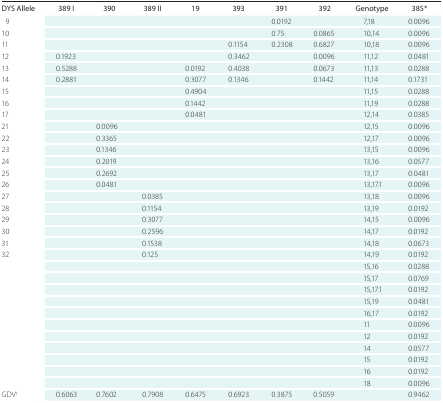
<table><thead><tr><td><b>DYS Allele</b></td><td><b>389 I</b></td><td><b>390</b></td><td><b>389 II</b></td><td><b>19</b></td><td><b>393</b></td><td><b>391</b></td><td><b>392</b></td><td><b>Genotype</b></td><td><b>385*</b></td></tr></thead><tbody><tr><td>9</td><td></td><td></td><td></td><td></td><td></td><td>0.0192</td><td></td><td>7,18</td><td>0.0096</td></tr><tr><td>10</td><td></td><td></td><td></td><td></td><td></td><td>0.75</td><td>0.0865</td><td>10,14</td><td>0.0096</td></tr><tr><td>11</td><td></td><td></td><td></td><td></td><td>0.1154</td><td>0.2308</td><td>0.6827</td><td>10,18</td><td>0.0096</td></tr><tr><td>12</td><td>0.1923</td><td></td><td></td><td></td><td>0.3462</td><td></td><td>0.0096</td><td>11,12</td><td>0.0481</td></tr><tr><td>13</td><td>0.5288</td><td></td><td></td><td>0.0192</td><td>0.4038</td><td></td><td>0.0673</td><td>11,13</td><td>0.0288</td></tr><tr><td>14</td><td>0.2881</td><td></td><td></td><td>0.3077</td><td>0.1346</td><td></td><td>0.1442</td><td>11,14</td><td>0.1731</td></tr><tr><td>15</td><td></td><td></td><td></td><td>0.4904</td><td></td><td></td><td></td><td>11,15</td><td>0.0288</td></tr><tr><td>16</td><td></td><td></td><td></td><td>0.1442</td><td></td><td></td><td></td><td>11,19</td><td>0.0288</td></tr><tr><td>17</td><td></td><td></td><td></td><td>0.0481</td><td></td><td></td><td></td><td>12,14</td><td>0.0385</td></tr><tr><td>21</td><td></td><td>0.0096</td><td></td><td></td><td></td><td></td><td></td><td>12,15</td><td>0.0096</td></tr><tr><td>22</td><td></td><td>0.3365</td><td></td><td></td><td></td><td></td><td></td><td>12,17</td><td>0.0096</td></tr><tr><td>23</td><td></td><td>0.1346</td><td></td><td></td><td></td><td></td><td></td><td>13,15</td><td>0.0096</td></tr><tr><td>24</td><td></td><td>0.2019</td><td></td><td></td><td></td><td></td><td></td><td>13,16</td><td>0.0577</td></tr><tr><td>25</td><td></td><td>0.2692</td><td></td><td></td><td></td><td></td><td></td><td>13,17</td><td>0.0481</td></tr><tr><td>26</td><td></td><td>0.0481</td><td></td><td></td><td></td><td></td><td></td><td>13,17.1</td><td>0.0096</td></tr><tr><td>27</td><td></td><td></td><td>0.0385</td><td></td><td></td><td></td><td></td><td>13,18</td><td>0.0096</td></tr><tr><td>28</td><td></td><td></td><td>0.1154</td><td></td><td></td><td></td><td></td><td>13,19</td><td>0.0192</td></tr><tr><td>29</td><td></td><td></td><td>0.3077</td><td></td><td></td><td></td><td></td><td>14,15</td><td>0.0096</td></tr><tr><td>30</td><td></td><td></td><td>0.2596</td><td></td><td></td><td></td><td></td><td>14,17</td><td>0.0192</td></tr><tr><td>31</td><td></td><td></td><td>0.1538</td><td></td><td></td><td></td><td></td><td>14,18</td><td>0.0673</td></tr><tr><td>32</td><td></td><td></td><td>0.125</td><td></td><td></td><td></td><td></td><td>14,19</td><td>0.0192</td></tr><tr><td></td><td></td><td></td><td></td><td></td><td></td><td></td><td></td><td>15,16</td><td>0.0288</td></tr><tr><td></td><td></td><td></td><td></td><td></td><td></td><td></td><td></td><td>15,17</td><td>0.0769</td></tr><tr><td></td><td></td><td></td><td></td><td></td><td></td><td></td><td></td><td>15,17.1</td><td>0.0192</td></tr><tr><td></td><td></td><td></td><td></td><td></td><td></td><td></td><td></td><td>15,19</td><td>0.0481</td></tr><tr><td></td><td></td><td></td><td></td><td></td><td></td><td></td><td></td><td>16,17</td><td>0.0192</td></tr><tr><td></td><td></td><td></td><td></td><td></td><td></td><td></td><td></td><td>11</td><td>0.0096</td></tr><tr><td></td><td></td><td></td><td></td><td></td><td></td><td></td><td></td><td>12</td><td>0.0192</td></tr><tr><td></td><td></td><td></td><td></td><td></td><td></td><td></td><td></td><td>14</td><td>0.0577</td></tr><tr><td></td><td></td><td></td><td></td><td></td><td></td><td></td><td></td><td>15</td><td>0.0192</td></tr><tr><td></td><td></td><td></td><td></td><td></td><td></td><td></td><td></td><td>16</td><td>0.0192</td></tr><tr><td></td><td></td><td></td><td></td><td></td><td></td><td></td><td></td><td>18</td><td>0.0096</td></tr><tr><td>GDV†</td><td>0.6063</td><td>0.7602</td><td>0.7908</td><td>0.6475</td><td>0.6923</td><td>0.3875</td><td>0.5059</td><td></td><td>0.9462</td></tr></tbody></table>